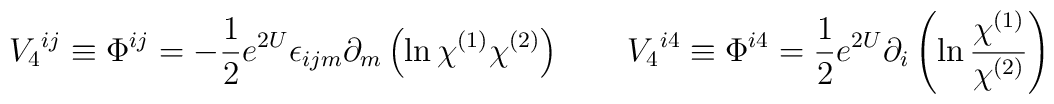
V_4{}^{ij} \equiv  \Phi^{ij} = -{1\over 2}  e^{2U} \epsilon_{ijm} \partial_m\left  ( \ln \chi^{(1)}\chi^{(2)}\right ) \qquad  V_4{}^{i4} \equiv \Phi^{i4} = {1\over 2} e^{2U}\partial _i \left ( \ln {\chi^{(1)}\over\chi^{(2)}}\right )